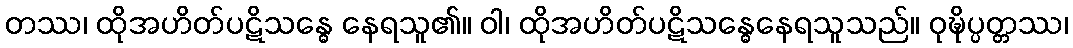
တဿ၊ ထိုအဟိတ်ပဋိသန္ဓေ နေရသူ၏။ ဝါ၊ ထိုအဟိတ်ပဋိသန္ဓေနေရသူသည်။ ဝုဍ္ဎိပ္ပတ္တဿ၊